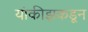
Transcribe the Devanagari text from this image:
यांकीझकडून